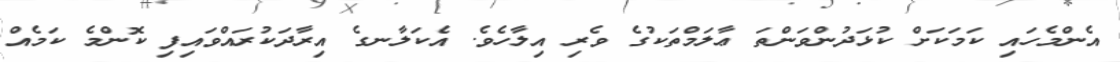
އެންމެހައި ކަމަކަށް ކުޅަދުންވަންތަ ޢާލަމްތަކުގެ ވެރި އިލާހެވެ. އެކަލާނގެ އިރާދަކުރައްވައިފި ކޮންމެ ކަމެއް